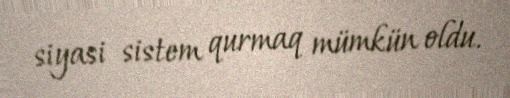
siyasi sistem qurmaq mümkün oldu.